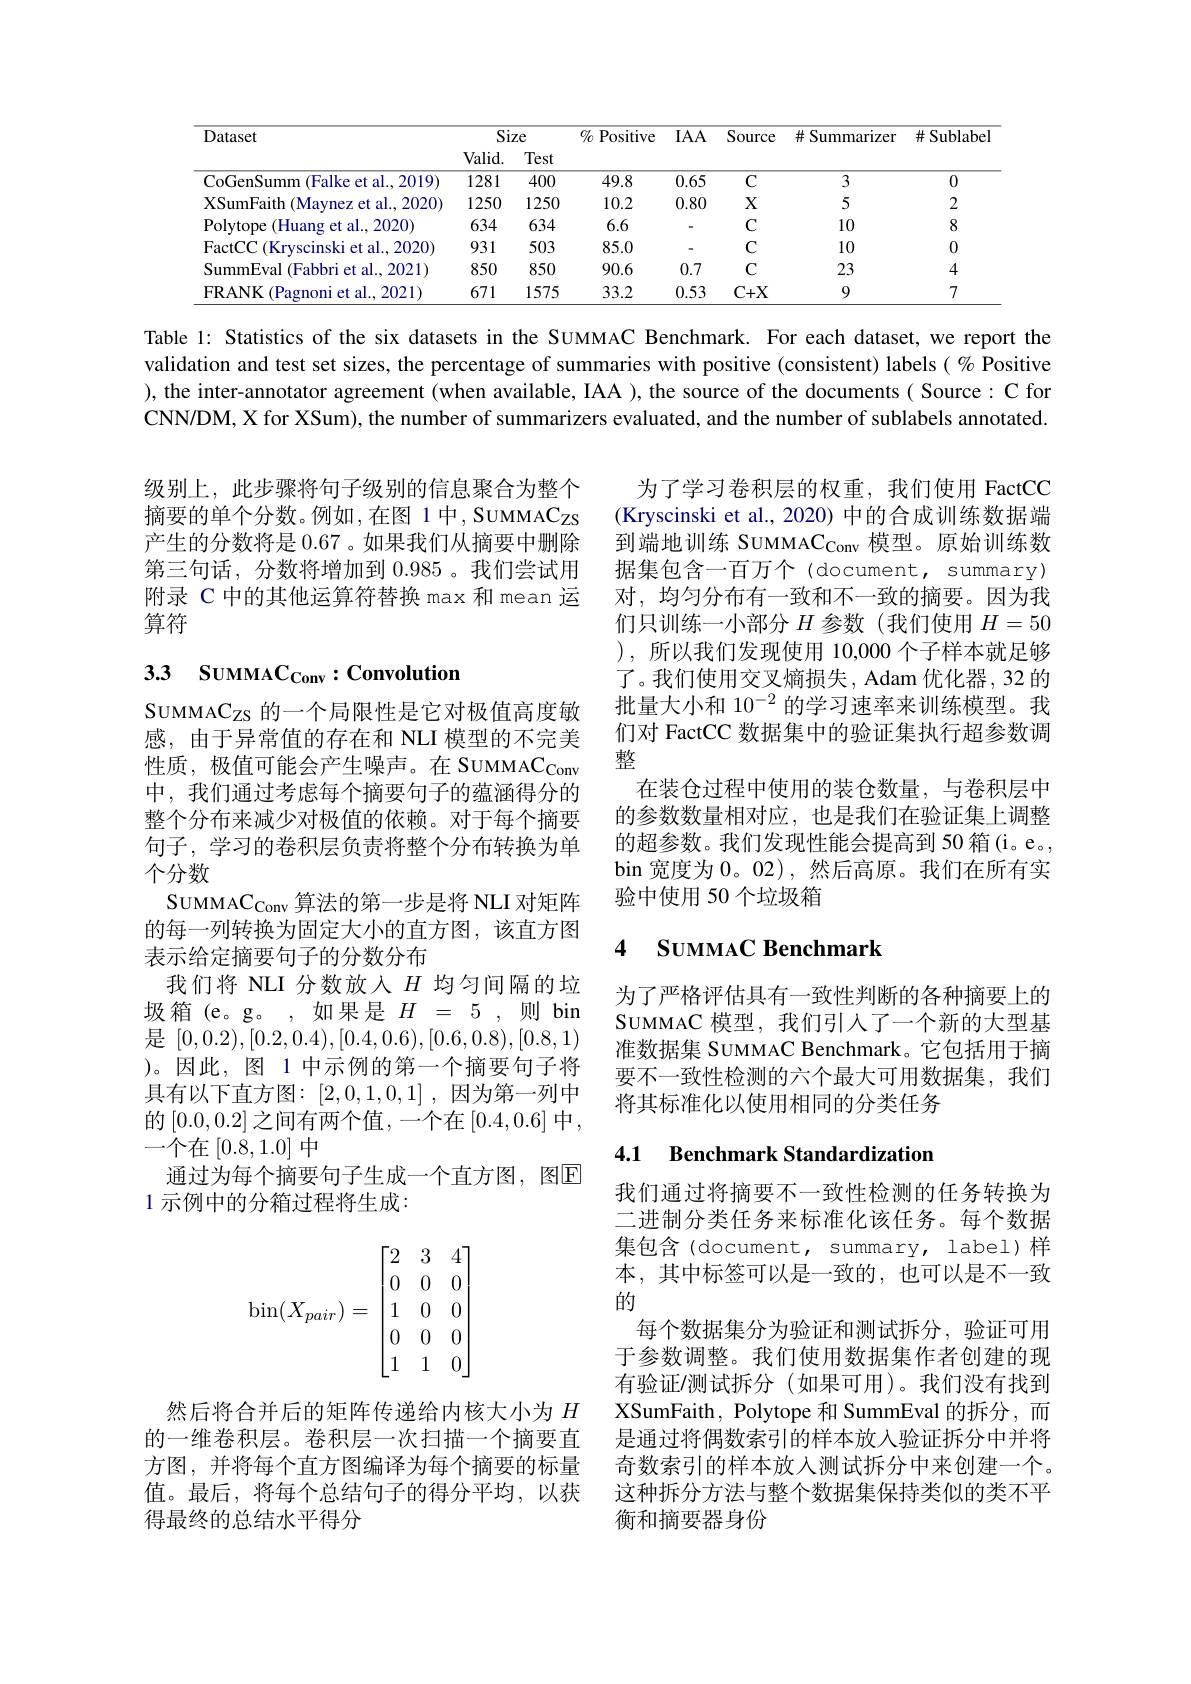
<table>
	<tbody>
		<tr>
			<th rowspan="2">Dataset</th>
			<th colspan="2">Size</th>
			<th rowspan="2">$\%$ Positive</th>
			<th rowspan="2">$IAA$</th>
			<th rowspan="2">Source</th>
			<th rowspan="2">$\#$ Summarizer</th>
			<th rowspan="2">$\#Sublabe$</th>
		</tr>
		<tr>
			<th>$Valid.$</th>
			<th>Test</th>
		</tr>
		<tr>
			<td>CoGenSumm (Falke et al., 2019)</td>
			<td>1281</td>
			<td>400</td>
			<td>49.8</td>
			<td>0.65</td>
			<td>$C$</td>
			<td>3</td>
			<td>0</td>
		</tr>
		<tr>
			<td>XSumFaith (Maynez et al., 2020)</td>
			<td>1250</td>
			<td>1250</td>
			<td>10.2</td>
			<td>0.80</td>
			<td>$X$</td>
			<td>5</td>
			<td>2</td>
		</tr>
		<tr>
			<td>Polytope (Huang et al., 2020)</td>
			<td>634</td>
			<td>634</td>
			<td>6.6</td>
			<td>-</td>
			<td>$C$</td>
			<td>10</td>
			<td>8</td>
		</tr>
		<tr>
			<td>FactCC(Kryscinski et al., 2020)</td>
			<td>931</td>
			<td>503</td>
			<td>85.0</td>
			<td>-</td>
			<td>$C$</td>
			<td>10</td>
			<td>0</td>
		</tr>
		<tr>
			<td>SummEval (Fabbri et al., 2021)</td>
			<td>850</td>
			<td>850</td>
			<td>90.6</td>
			<td>0.7</td>
			<td>$C$</td>
			<td>23</td>
			<td>4</td>
		</tr>
		<tr>
			<td>$\mathbf{FRANK}$ $i$ (Pagnoni et al., 2021)</td>
			<td>671</td>
			<td>1575</td>
			<td>33.2</td>
			<td>0.53</td>
			<td>$C+X$</td>
			<td>9</td>
			<td>7</td>
		</tr>
	</tbody>
</table>

Table 1: Statistics of the six datasets in the SUMMAC Benchmark. For each dataset, we report the validation and test set sizes, the percentage of summaries with positive (consistent) labels (% Positive ), the inter-annotator agreement (when available, IAA ), the source of the documents( Source: C for CNN/DM, X for XSum), the number of summarizers evaluated, and the number of sublabels annotated.

级别上，此步骤将句子级别的信息聚合为整个摘要的单个分数。例如，在图 1 中，SUMMACzs 产生的分数将是 0.67 。如果我们从摘要中删除第三句话，分数将增加到0.985。我们尝试用附录 C 中的其他运算符替换 max 和 mean 运算符

# 33 Suмма$\mathrm{C} _\mathrm{Conv}:$Convolution

为了学习卷积层的权重，我们使用 FactCC (Kryscinski et al., 2020) 中的合成训练数据端到端地训练 SUMMA$\mathrm{C}_\mathrm{Conv}$模型。原始训练数据集包含一百万个(document, summary) 对，均匀分布有一致和不一致的摘要。因为我们只训练一小部分$H$参数(我们使用$H=50$ ),所以我们发现使用 10,000个子样本就足够了。我们使用交叉熵损失，Adam 优化器，32 的批量大小和$10^{-2}$的学习速率来训练模型。我们对 FactCC 数据集中的验证集执行超参数调整
在装仓过程中使用的装仓数量，与卷积层中的参数数量相对应，也是我们在验证集上调整的超参数。我们发现性能会提高到 50 箱(i。e。, bin 宽度为0。02),然后高原。我们在所有实验中使用 50 个垃圾箱

## 4 SUMMAC Benchmark

SUMMA$C_Z$s的一个局限性是它对极值高度敏感，由于异常值的存在和 NLI 模型的不完美性质，极值可能会产生噪声。在 SUMMA$\mathrm{C}_{\mathrm{Conv}}$ 中，我们通过考虑每个摘要句子的蕴涵得分的整个分布来减少对极值的依赖。对于每个摘要句子，学习的卷积层负责将整个分布转换为单个分数
$\mathrm{SUMMAC}_{\mathrm{Conv}}$算法的第一步是将 NLI 对矩阵的每一列转换为固定大小的直方图，该直方图表示给定摘要句子的分数分布
我们将 NLI 分数放入$H$ 均匀间隔的垃圾箱 (e。g。,如果是 $H=5$,则 bin 是[0,0.2),[0.2,0.4),[0.4,0.6),[0.6,0.8),[0.8,1) )。因此，图 1 中示例的第一个摘要句子将具有以下直方图：[2,0,1,0,1],因为第一列中的[0.0,0.2]之间有两个值，一个在[0.4,0.6]中， 一个在$\left[0.8,1.0\right]$中
通过为每个摘要句子生成一个直方图，图$\mathbb{E}$
1 示例中的分箱过程将生成：

为了严格评估具有一致性判断的各种摘要上的SUMMAC 模型，我们引人了一个新的大型基准数据集 SUMMAC Benchmark。它包括用于摘要不一致性检测的六个最大可用数据集，我们将其标准化以使用相同的分类任务

### 4.1 $\textbf{Benchmark Standardization}$
$$\mathrm{bin}(X_{pair})=\begin{bmatrix}2&3&4\\0&0&0\\1&0&0\\0&0&0\\1&1&0\end{bmatrix}$$
我们通过将摘要不一致性检测的任务转换为二进制分类任务来标准化该任务。每个数据集包含(document, summary, label)样本，其中标签可以是一致的，也可以是不一致的
每个数据集分为验证和测试拆分，验证可用于参数调整。我们使用数据集作者创建的现有验证/测试拆分(如果可用)。我们没有找到XSumFaith, Polytope 和 SummEval 的拆分，而是通过将偶数索引的样本放入验证拆分中并将奇数索引的样本放入测试拆分中来创建一个。这种拆分方法与整个数据集保持类似的类不平衡和摘要器身份

然后将合并后的矩阵传递给内核大小为$H$ 的一维卷积层。卷积层一次扫描一个摘要直方图，并将每个直方图编译为每个摘要的标量值。最后，将每个总结句子的得分平均，以获得最终的总结水平得分